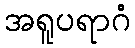
အရူပရာဂံ